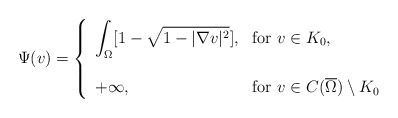
\begin{align*}\Psi(v)=\left\{\begin{array}{ll} \displaystyle \int_{\Omega}[1-\sqrt{1-|\nabla v|^2}], & \hbox{for $v\in K_0$,} \\ \cr +\infty, & \hbox{for $v\in C(\overline{\Omega})\setminus K_0$} \end{array} \right.\end{align*}